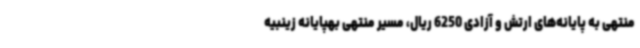
منتهی به پایانه‌های ارتش و آزادی 6250 ریال، مسیر منتهی بهپایانه زینبیه